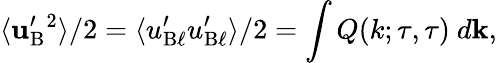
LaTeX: \langle{{\mathbf{u}}_{\mathrm{{B}}}^{\prime}{}^{2}}\rangle/2=\langle{u_{\mathrm{{B}}\ell}^{\prime}u_{\mathrm{{B}}\ell}^{\prime}}\rangle/2=\int Q(k;\tau,\tau)\ d{\mathbf{k}},